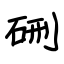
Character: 硎